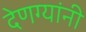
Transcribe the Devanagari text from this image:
देणग्यांनी